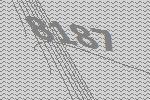
8187